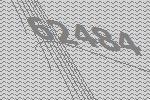
62484